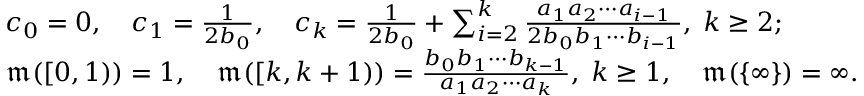
\begin{array} { r l } & { c _ { 0 } = 0 , \quad c _ { 1 } = \frac { 1 } { 2 b _ { 0 } } , \quad c _ { k } = \frac { 1 } { 2 b _ { 0 } } + \sum _ { i = 2 } ^ { k } \frac { a _ { 1 } a _ { 2 } \cdots a _ { i - 1 } } { 2 b _ { 0 } b _ { 1 } \cdots b _ { i - 1 } } , \; k \geq 2 ; } \\ & { \mathfrak { m } ( [ 0 , 1 ) ) = 1 , \quad \mathfrak { m } ( [ k , k + 1 ) ) = \frac { b _ { 0 } b _ { 1 } \cdots b _ { k - 1 } } { a _ { 1 } a _ { 2 } \cdots a _ { k } } , \; k \geq 1 , \quad \mathfrak { m } ( \{ \infty \} ) = \infty . } \end{array}